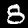
Digit: 8